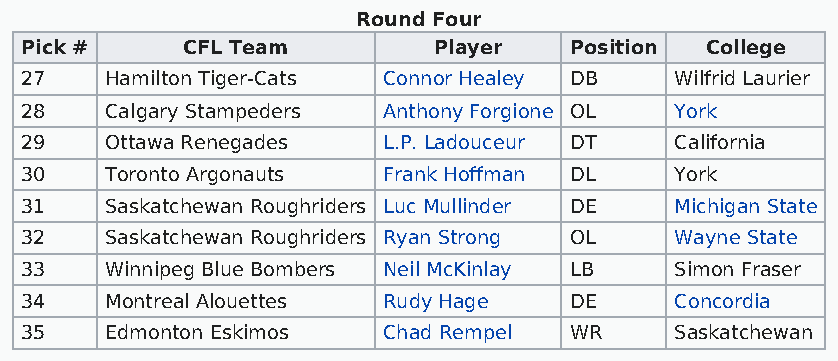
Round Four
 Pick #     CFL Team         Player   Position College
 27    Hamilton Tiger-Cats Connor Healey DB  Wilfrid Laurier
 28    Calgary Stampeders Anthony Forgione OL York
 29    Ottawa Renegades  L.P. Ladouceur DT   California
 30    Toronto Argonauts Frank Hoffman DL    York
 31    Saskatchewan Roughriders Luc Mullinder DE Michigan State
 32    Saskatchewan Roughriders Ryan Strong OL Wayne State
 33    Winnipeg Blue Bombers Neil McKinlay LB Simon Fraser
 34    Montreal Alouettes Rudy Hage   DE     Concordia
 35    Edmonton Eskimos  Chad Rempel  WR     Saskatchewan